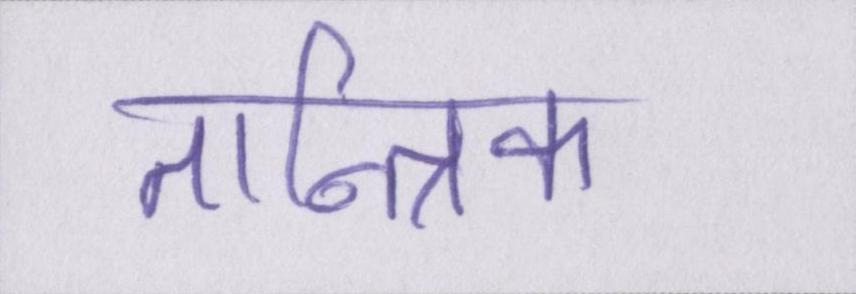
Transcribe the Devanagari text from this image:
तान्त्रिक